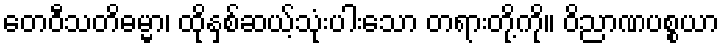
တေဝီသတိဓမ္မာ၊ ထိုနှစ်ဆယ့်သုံးပါးသော တရားတို့ကို။ ဝိညာဏပစ္စယာ